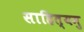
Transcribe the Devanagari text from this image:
साहित्यमु